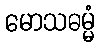
မောသဓမ္မံ